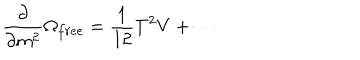
LaTeX: \frac { \partial } { \partial m ^ { 2 } } \Omega _ { f r e e } = \frac { 1 } { 1 2 } T ^ { 2 } V + \cdots